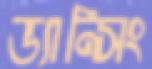
ড্যান্সিং